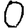
Digit: 0